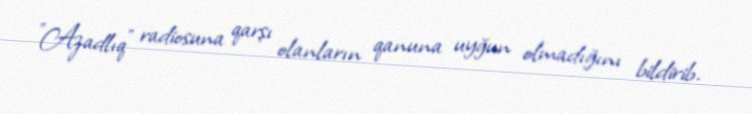
"Azadlıq" radiosuna qarşı olanların qanuna uyğun olmadığını bildirib.